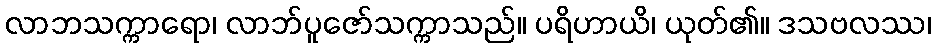
လာဘသက္ကာရော၊ လာဘ်ပူဇော်သက္ကာသည်။ ပရိဟာယိ၊ ယုတ်၏။ ဒသဗလဿ၊